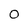
Character: 0